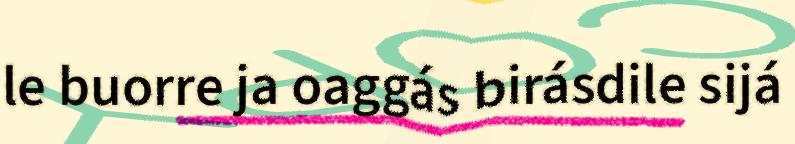
le buorre ja oaggás birásdile sijá